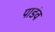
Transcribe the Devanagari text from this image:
पाडंव